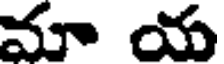
మా య